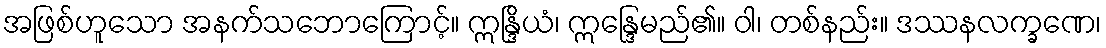
အဖြစ်ဟူသော အနက်သဘောကြောင့်။ ဣန္ဒြိယံ၊ ဣန္ဒြေမည်၏။ ဝါ၊ တစ်နည်း။ ဒဿနလက္ခဏေ၊